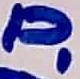
Text: P1